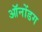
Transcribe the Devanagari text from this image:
ऑनोंडग